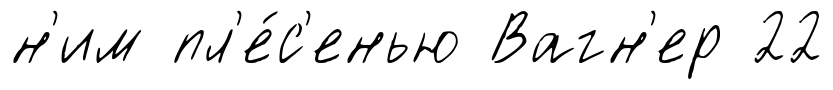
н'им пл'е́с'енью Вагн'ер 22